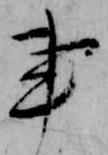
事